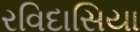
રવિદાસિયા